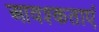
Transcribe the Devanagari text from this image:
आवश्कताएं